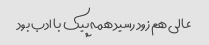
عالی هم زود رسید همه پیک با ادب بود